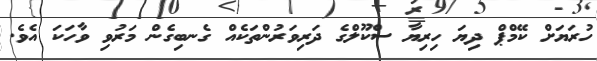
ހުރަޔަށް ކޭމްޕް ދިޔަ ހިރިޔާ ސްކޫލްގެ ދަރިވަރުންތަކެއް ގެނބިގެން މަރުވި ވާހަކަ އެވެ.